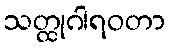
သတ္ထုဂါရဝတာ